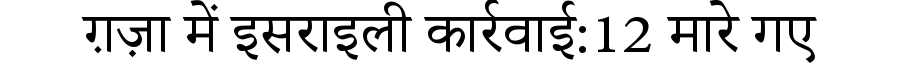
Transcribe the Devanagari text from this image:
ग़ज़ा में इसराइली कार्रवाई:12 मारे गए